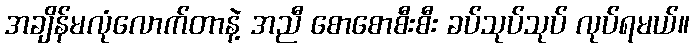
အချိန်မလုံလောက်တာနဲ့ အညီ စောစောစီးစီး ခပ်သုပ်သုပ် လုပ်ရမယ်။